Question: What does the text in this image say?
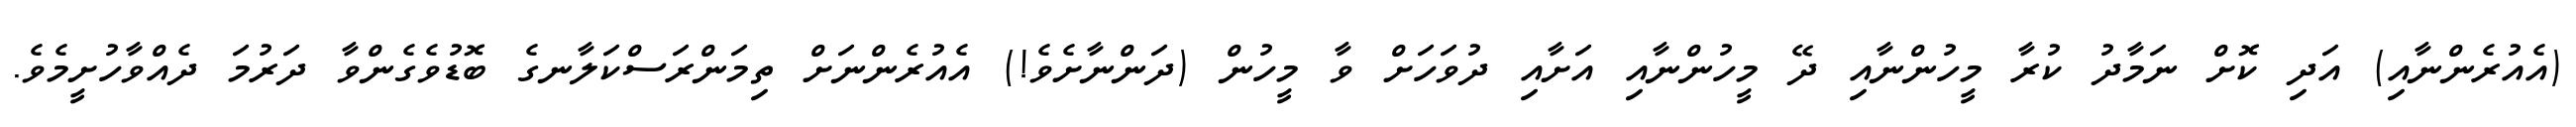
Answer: (އެއުރެންނާއި) އަދި ކޮށް ނަމާދު ކުރާ މީހުންނާއި ދޭ މީހުންނާއި އަށާއި ދުވަހަށް ވާ މީހުން (ދަންނާށެވެ!) އެއުރެންނަށް ތިމަންރަސްކަލާނގެ ބޮޑުވެގެންވާ ދަރުމަ ދެއްވާހުށީމެވެ.